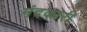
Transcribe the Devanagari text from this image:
मंदकारी